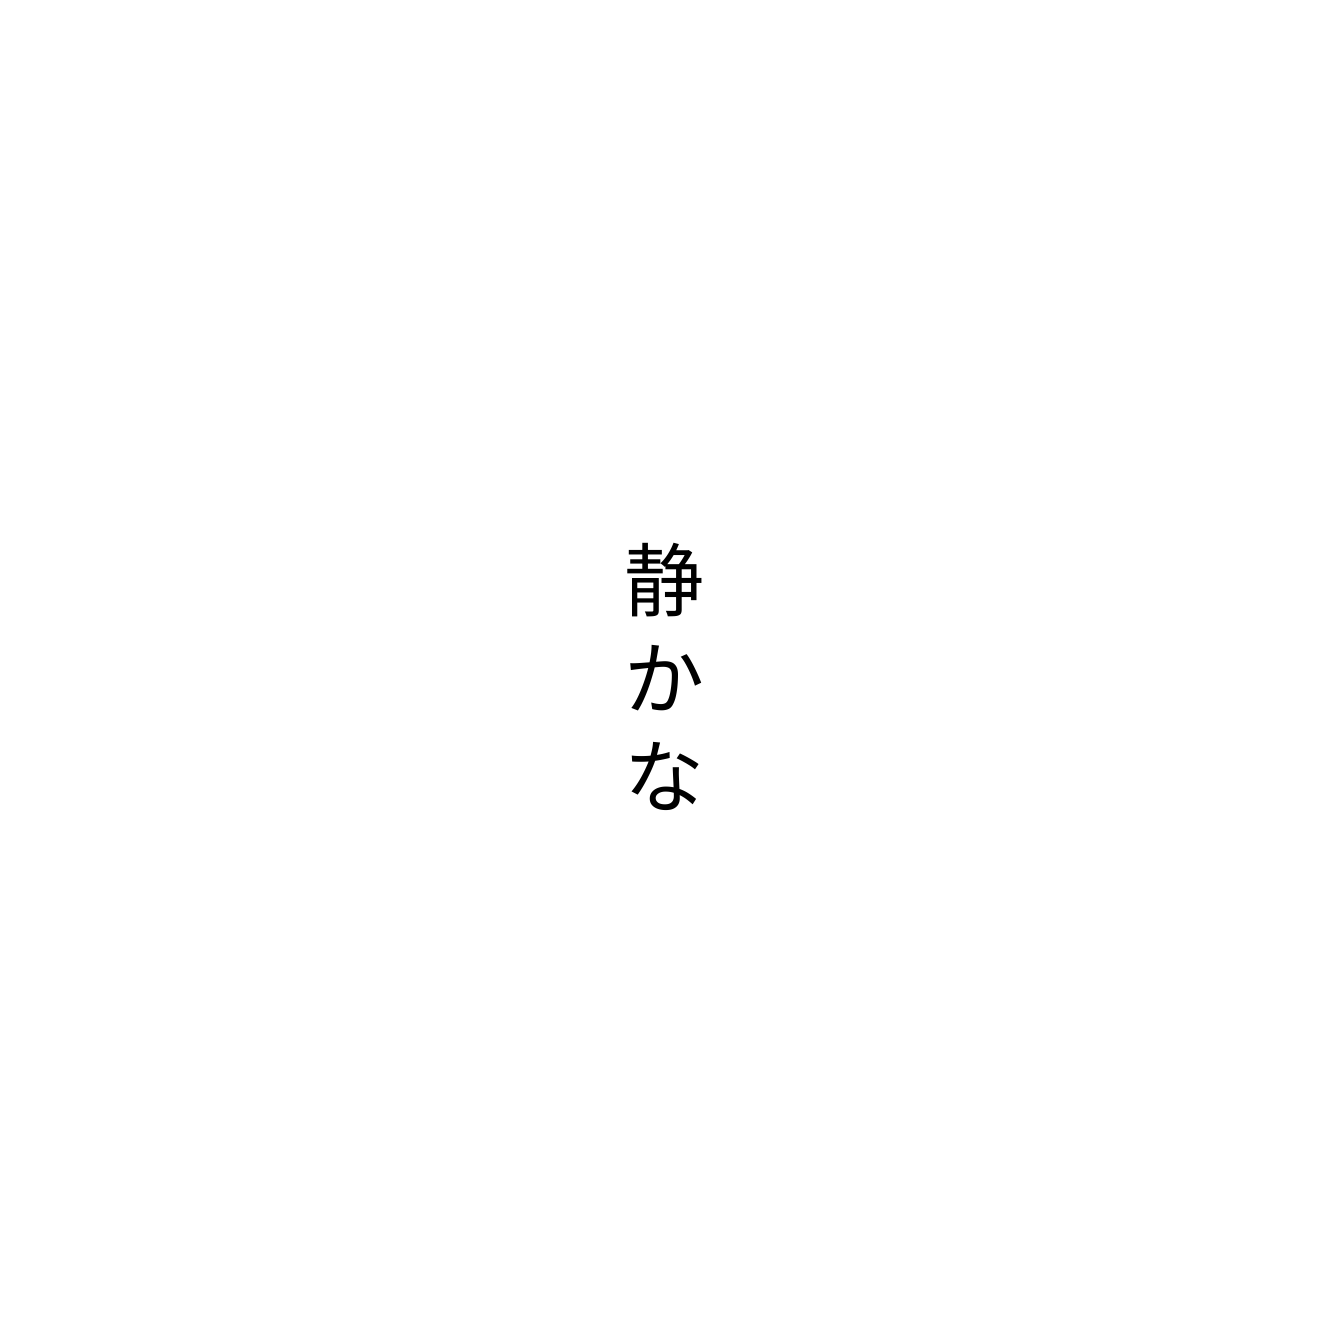
静かな